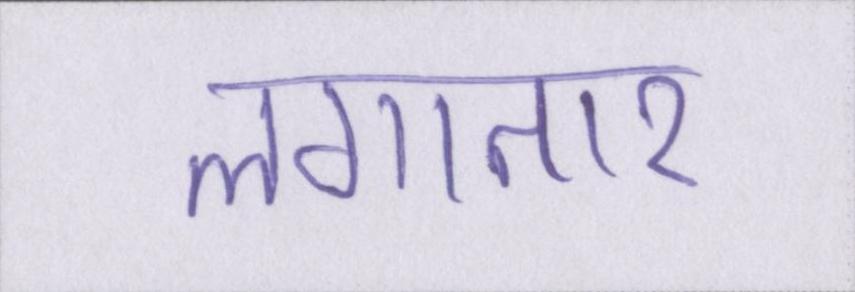
लगातार